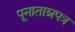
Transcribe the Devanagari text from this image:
पूनाताम्रपत्र